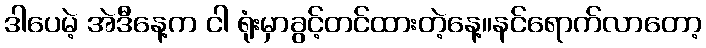
ဒါပေမဲ့ အဲဒီနေ့က ငါ ရုံးမှာခွင့်တင်ထားတဲ့နေ့။နင်ရောက်လာတော့